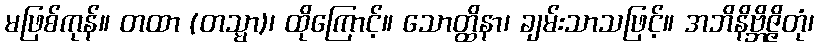
မဖြစ်ကုန်။ တထာ (တသ္မာ)၊ ထိုကြောင့်။ သောတ္ထိနာ၊ ချမ်းသာသဖြင့်။ အဘိနိဗ္ဘိဇ္ဇိတုံ၊